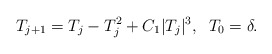
\begin{align*}T_{j + 1} = T_j - T_j^2 + C_1 |T_j|^3, \;\; T_0 = \delta.\end{align*}